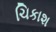
ચિકાશ